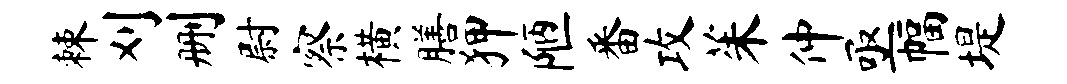
棘刈删尉察横膳狎陋番攻茱仲亟幅堤